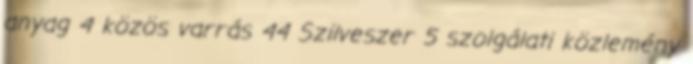
anyag 4 közös varrás 44 Szilveszer 5 szolgálati közlemény